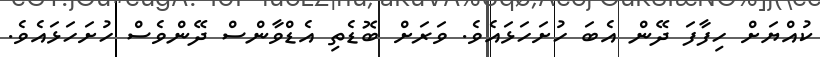
ކުއްޔަށް ހިފާފަ ދޭން އެބަ ހުށަހަޅައެވެ. ވަރަށް ބޮޑެތި އެޑްވާންސް ދޭންވެސް ހުށަހަޅައެވެ.